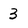
Character: 3